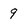
Character: 9